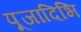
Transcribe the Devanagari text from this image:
पूजादिभि